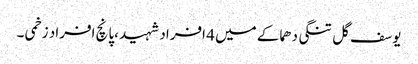
یوسف گل تنگی دھماکے میں 4 افراد شہید ،پانچ افراد زخمی ۔